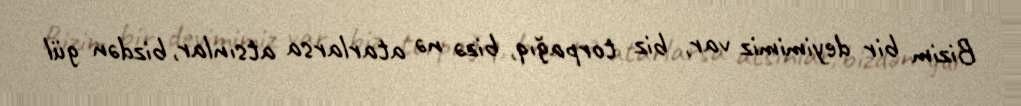
Bizim bir deyimimiz var, biz torpağıq, bizə nə atarlarsa atsınlar, bizdən gül